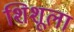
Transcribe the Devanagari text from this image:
शिशूला